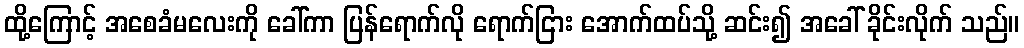
ထို့ကြောင့် အစေခံမလေးကို ခေါ်ကာ ပြန်ရောက်လို ရောက်ငြား အောက်ထပ်သို့ ဆင်း၍ အခေါ် ခိုင်းလိုက် သည်။